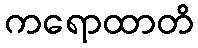
ကရောထာတိ